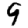
Digit: 9